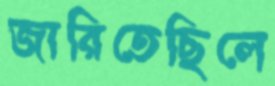
জারিতেছিলে